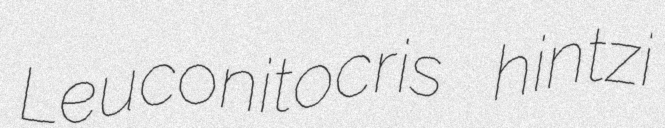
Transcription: Leuconitocris hintzi